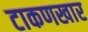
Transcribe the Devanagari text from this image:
टाकणखार